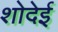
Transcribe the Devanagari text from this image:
शोदेई